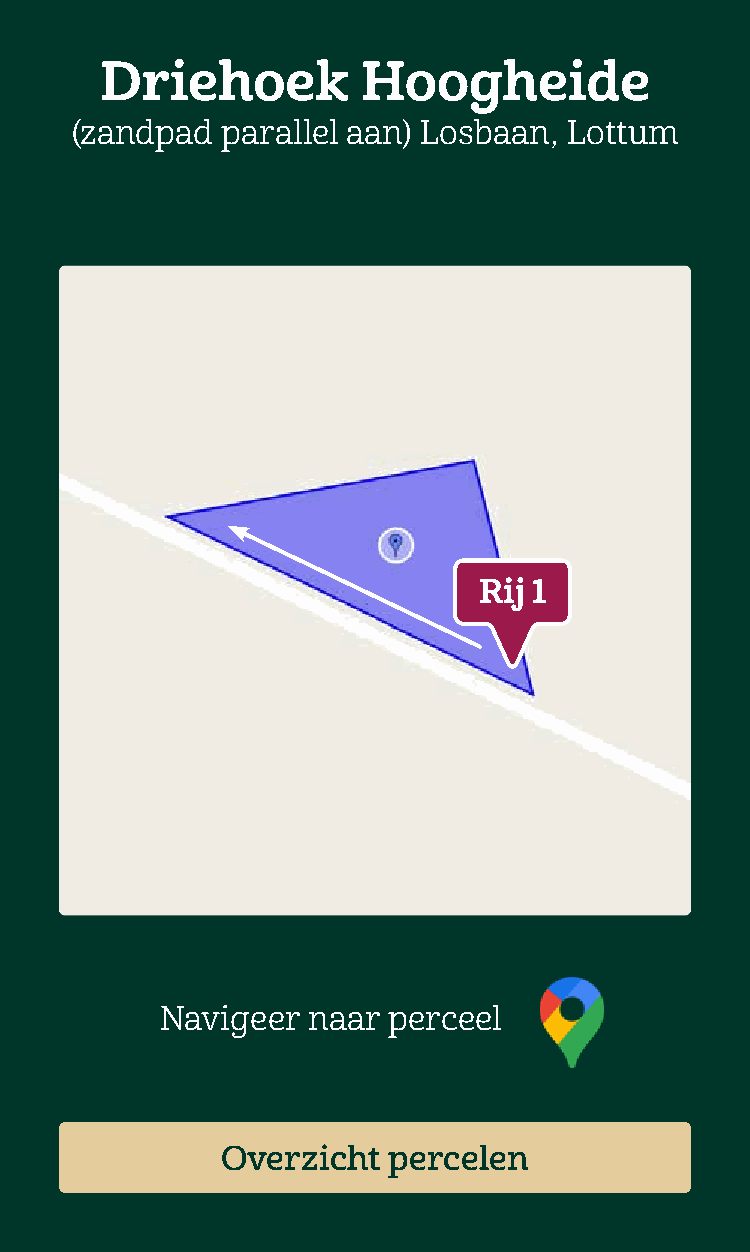
Driehoek         Hoogheide
 (zandpad  parallel aan) Losbaan, Lottum
 Rij 1
 Navigeer naar  perceel
 Overzicht  percelen